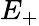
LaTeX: E_{+}